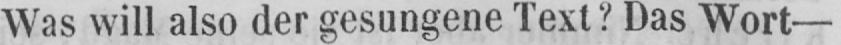
Was will also der gesungene Text? Das Wort -